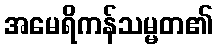
အမေရိကန်သမ္မတ၏